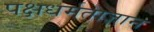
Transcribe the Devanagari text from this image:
पक्षधर्मताज्ञान